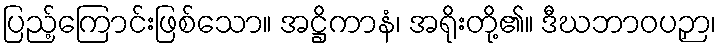
ပြည့်ကြောင်းဖြစ်သော။ အဋ္ဌိကာနံ၊ အရိုးတို့၏။ ဒီဃဘာဝပဉှာ၊